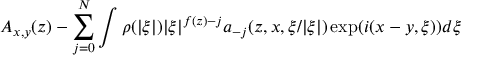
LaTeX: A _ { x , y } ( z ) - \sum _ { j = 0 } ^ { N } \int \rho ( | \xi | ) | \xi | ^ { f ( z ) - j } a _ { - j } ( z , x , \xi / | \xi | ) \exp ( i ( x - y , \xi ) ) d \xi